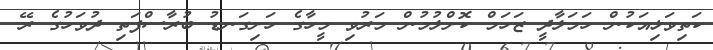
ކަތިވަޅިއަކުން ހަމަލާދީ ޒަހަމް ކޮށްލުމުން މަރުވި މީހާގެ ހަށިގަނޑު ބުރާސްފަތި ދުވަހުގެ ރޭ